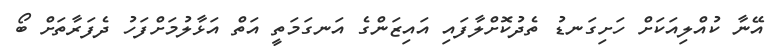
އޭނާ ކުއްލިއަކަށް ހަށިގަނޑު ތެދުކޮށްލާފައި އައިޒަންގެ އަނގަމަތީ އަތް އަޅާލުމަށްފަހު ދެފަރާތަށް ބޯ